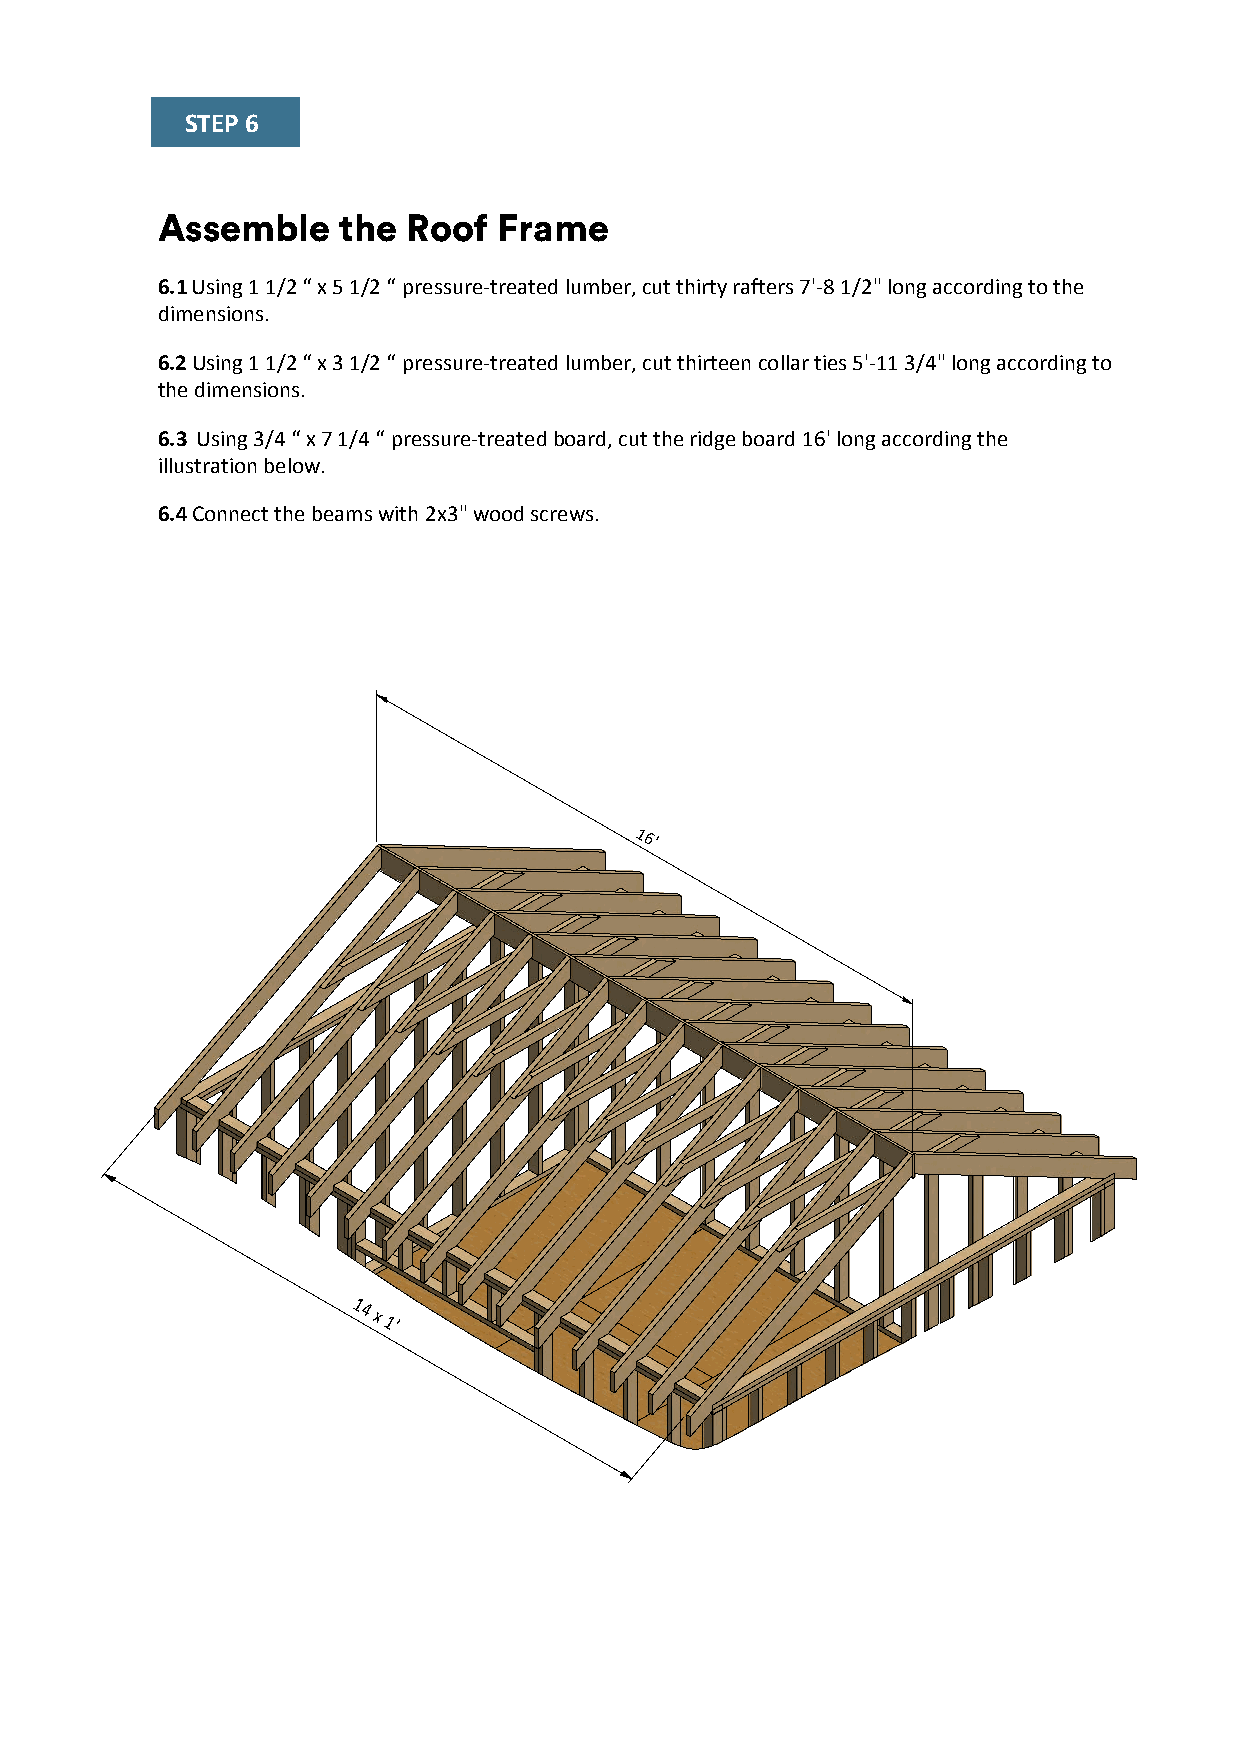
STEP 6
 Assemble    the  Roof  Frame
 6.1 Using 1 1/2 “ x 5 1/2 “ pressure-treated lumber, cut thirty rafters 7'-8 1/2" long according to the
 dimensions.
 6.2 Using 1 1/2 “ x 3 1/2 “ pressure-treated lumber, cut thirteen collar ties 5'-11 3/4" long according to
 the dimensions.
 6.3 Using 3/4 “ x 7 1/4 “ pressure-treated board, cut the ridge board 16' long according the
 illustration below.
 6.4 Connect the beams with 2x3" wood screws.
 16'
 14
 x
 1'